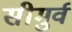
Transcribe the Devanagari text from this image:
सीमुर्व